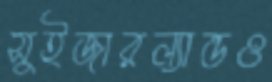
সুইজারল্যান্ডও